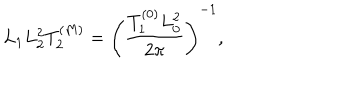
LaTeX: L _ { 1 } L _ { 2 } ^ { 2 } T _ { 2 } ^ { ( M ) } = \left( { \frac { T _ { 1 } ^ { ( 0 ) } L _ { 0 } ^ { 2 } } { 2 \pi } } \right) ^ { - 1 } ,